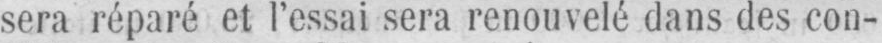
sera réparé et l’essai sera renouvelé dans des con-